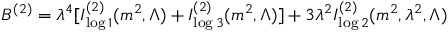
B ^ { ( 2 ) } = \lambda ^ { 4 } [ I _ { \log 1 } ^ { ( 2 ) } ( m ^ { 2 } , \Lambda ) + I _ { \log 3 } ^ { ( 2 ) } ( m ^ { 2 } , \Lambda ) ] + 3 \lambda ^ { 2 } I _ { \log 2 } ^ { ( 2 ) } ( m ^ { 2 } , \lambda ^ { 2 } , \Lambda )